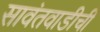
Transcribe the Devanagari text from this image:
सावंतवाडीची